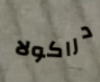
دراكولا